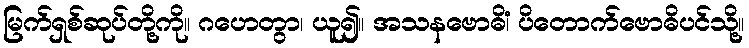
မြက်ရှစ်ဆုပ်တို့ကို။ ဂဟေတွာ၊ ယူ၍။ အသနဗောဓိံ၊ ပိတောက်ဗောဓိပင်သို့။